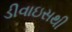
ડીવાઇસથી